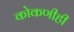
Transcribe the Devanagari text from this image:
कोकणीही